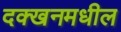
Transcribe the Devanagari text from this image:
दक्खनमधील